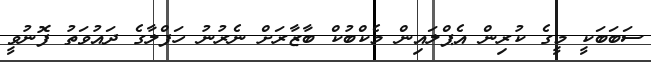
ސަަބަބަކީ މީގެ ކުރިން އެޕްލައިން މެކްބުކް ބާޒާރަށް ނެރުނު ހަފްލާގެ ދައުވަތު ފޮނުވީ